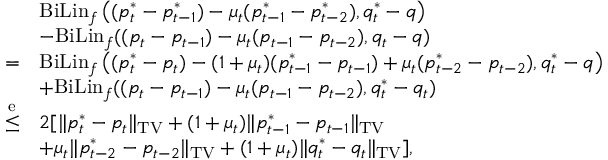
\begin{array} { r l } & { \mathrm { B i L i n } _ { f } \left( ( p _ { t } ^ { * } - p _ { t - 1 } ^ { * } ) - \mu _ { t } ( p _ { t - 1 } ^ { * } - p _ { t - 2 } ^ { * } ) , q _ { t } ^ { * } - q \right) } \\ & { - \mathrm { B i L i n } _ { f } ( ( p _ { t } - p _ { t - 1 } ) - \mu _ { t } ( p _ { t - 1 } - p _ { t - 2 } ) , q _ { t } - q ) } \\ { = } & { \mathrm { B i L i n } _ { f } \left( ( p _ { t } ^ { * } - p _ { t } ) - ( 1 + \mu _ { t } ) ( p _ { t - 1 } ^ { * } - p _ { t - 1 } ) + \mu _ { t } ( p _ { t - 2 } ^ { * } - p _ { t - 2 } ) , q _ { t } ^ { * } - q \right) } \\ & { + \mathrm { B i L i n } _ { f } ( ( p _ { t } - p _ { t - 1 } ) - \mu _ { t } ( p _ { t - 1 } - p _ { t - 2 } ) , q _ { t } ^ { * } - q _ { t } ) } \\ { \overset { \mathrm { e } } { \leq } } & { 2 [ \| p _ { t } ^ { * } - p _ { t } \| _ { \mathrm { T V } } + ( 1 + \mu _ { t } ) \| p _ { t - 1 } ^ { * } - p _ { t - 1 } \| _ { \mathrm { T V } } } \\ & { + \mu _ { t } \| p _ { t - 2 } ^ { * } - p _ { t - 2 } \| _ { \mathrm { T V } } + ( 1 + \mu _ { t } ) \| q _ { t } ^ { * } - q _ { t } \| _ { \mathrm { T V } } ] , } \end{array}